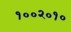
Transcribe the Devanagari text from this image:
१००२०१०